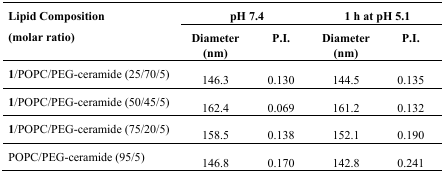
<table><thead><tr><td rowspan="2"><b>Lipid Composition (molar ratio)</b></td><td colspan="2"><b>pH 7.4</b></td><td colspan="2"><b>1 h at p H 5.1</b></td></tr><tr><td><b>Diameter (nm)</b></td><td><b>P.I.</b></td><td><b>Diameter (nm)</b></td><td><b>P.I.</b></td></tr></thead><tbody><tr><td><b>1</b>/POPC/PEG-ceramide (25/70/5)</td><td>146.3</td><td>0.130</td><td>144.5</td><td>0.135</td></tr><tr><td><b>1</b>/POPC/PEG-ceramide (50/45/5)</td><td>162.4</td><td>0.069</td><td>161.2</td><td>0.132</td></tr><tr><td><b>1</b>/POPC/PEG-ceramide (75/20/5)</td><td>158.5</td><td>0.138</td><td>152.1</td><td>0.190</td></tr><tr><td>POPC/PEG-ceramide (95/5)</td><td>146.8</td><td>0.170</td><td>142.8</td><td>0.241</td></tr></tbody></table>